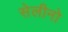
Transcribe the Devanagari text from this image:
सेलीनो